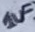
Text: 1uF